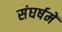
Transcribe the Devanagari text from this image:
संघर्षमें